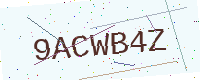
Text: 9ACWB4Z